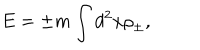
LaTeX: E = \pm m \int d ^ { 2 } x { \rho } _ { \pm } ,